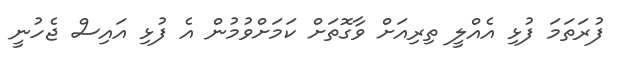
ފުރަތަމަ ފުޅި އެއްލީ ތިރިއަށް ވާގޮތަށް ކަމަށްވުމުން އެ ފުޅި އައިސް ޖެހުނީ